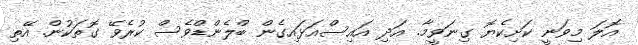
އޮލަ މިވަނީ ކަށިކެޔޮ ގިނަވީމާ. އަދި އައިސްއަޅައިގެން ބްލެންޑްވެސް ކުރެވޭ ގޮތަކުން. އޭތި